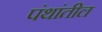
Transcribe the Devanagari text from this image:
पंथांतील